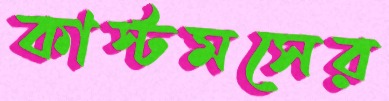
কাস্টমসের